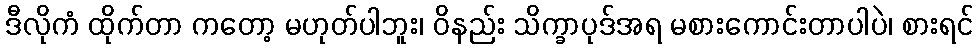
ဒီလိုကံ ထိုက်တာ ကတော့ မဟုတ်ပါဘူး၊ ဝိနည်း သိက္ခာပုဒ်အရ မစားကောင်းတာပါပဲ၊ စားရင်